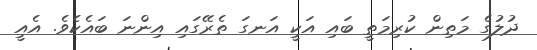
ދުލުގެ މަތިން ކުރިމަތީ ބައި އަކީ އަނގަ ތެރޭގައި އިންނަ ބައެކެވެ. އެއީ